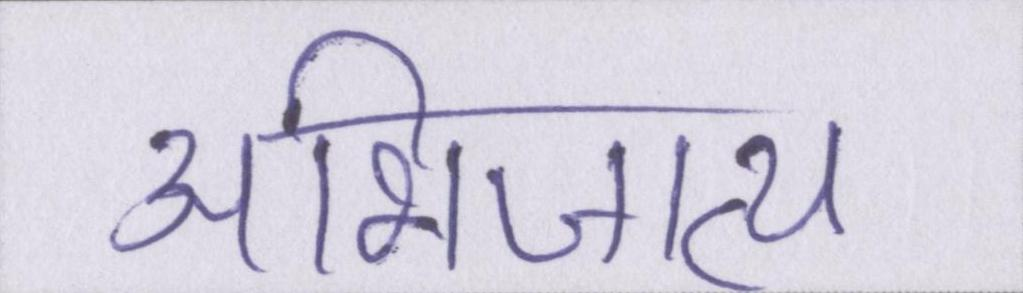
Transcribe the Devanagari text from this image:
अभिजात्य